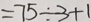
= 7 5 \div 3 + 1